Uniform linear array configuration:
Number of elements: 12
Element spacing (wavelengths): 0.25
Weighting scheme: binomial
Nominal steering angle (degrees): -15
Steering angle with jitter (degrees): -14.483
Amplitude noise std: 0.05
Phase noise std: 0.05

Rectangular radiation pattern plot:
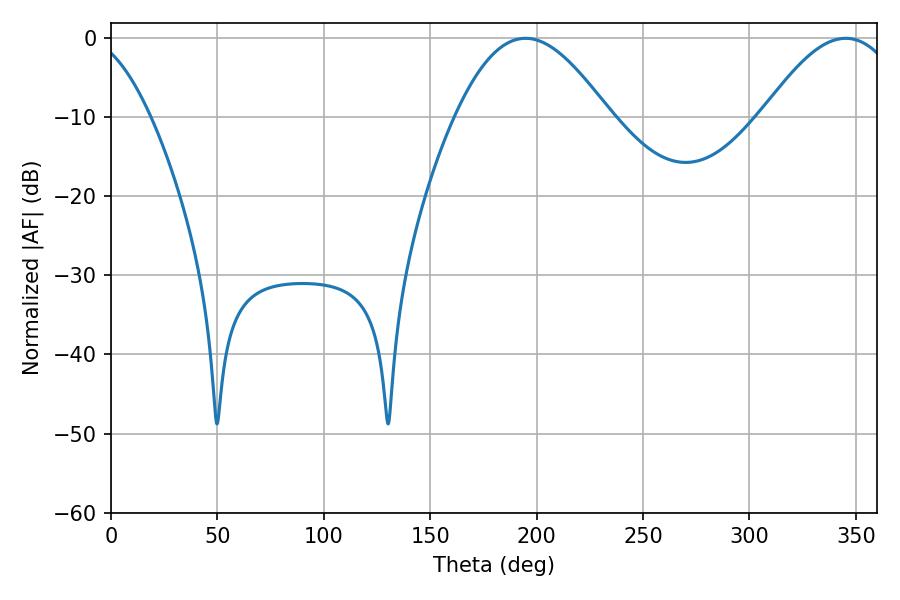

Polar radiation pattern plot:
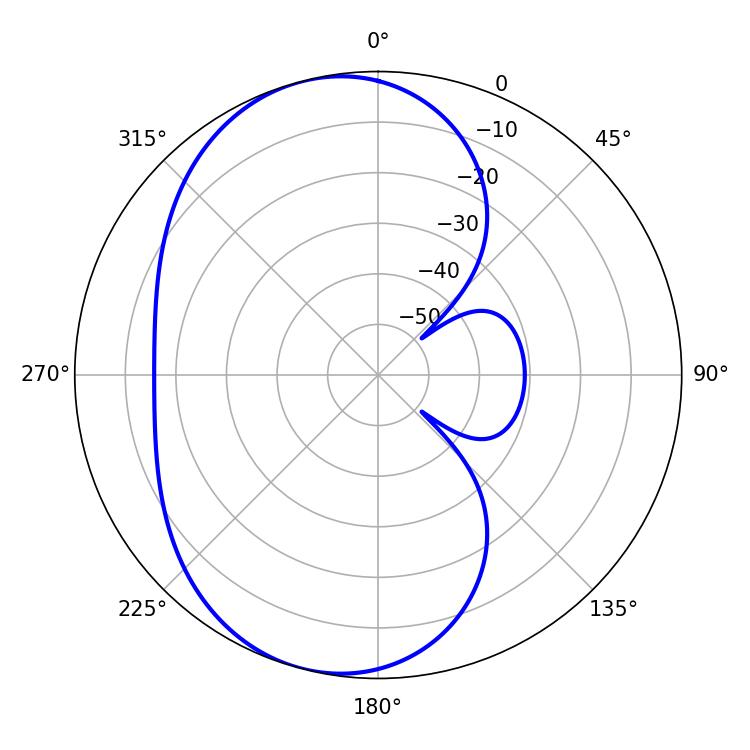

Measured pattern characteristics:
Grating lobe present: FALSE
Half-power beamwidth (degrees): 39.06
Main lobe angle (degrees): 194.76